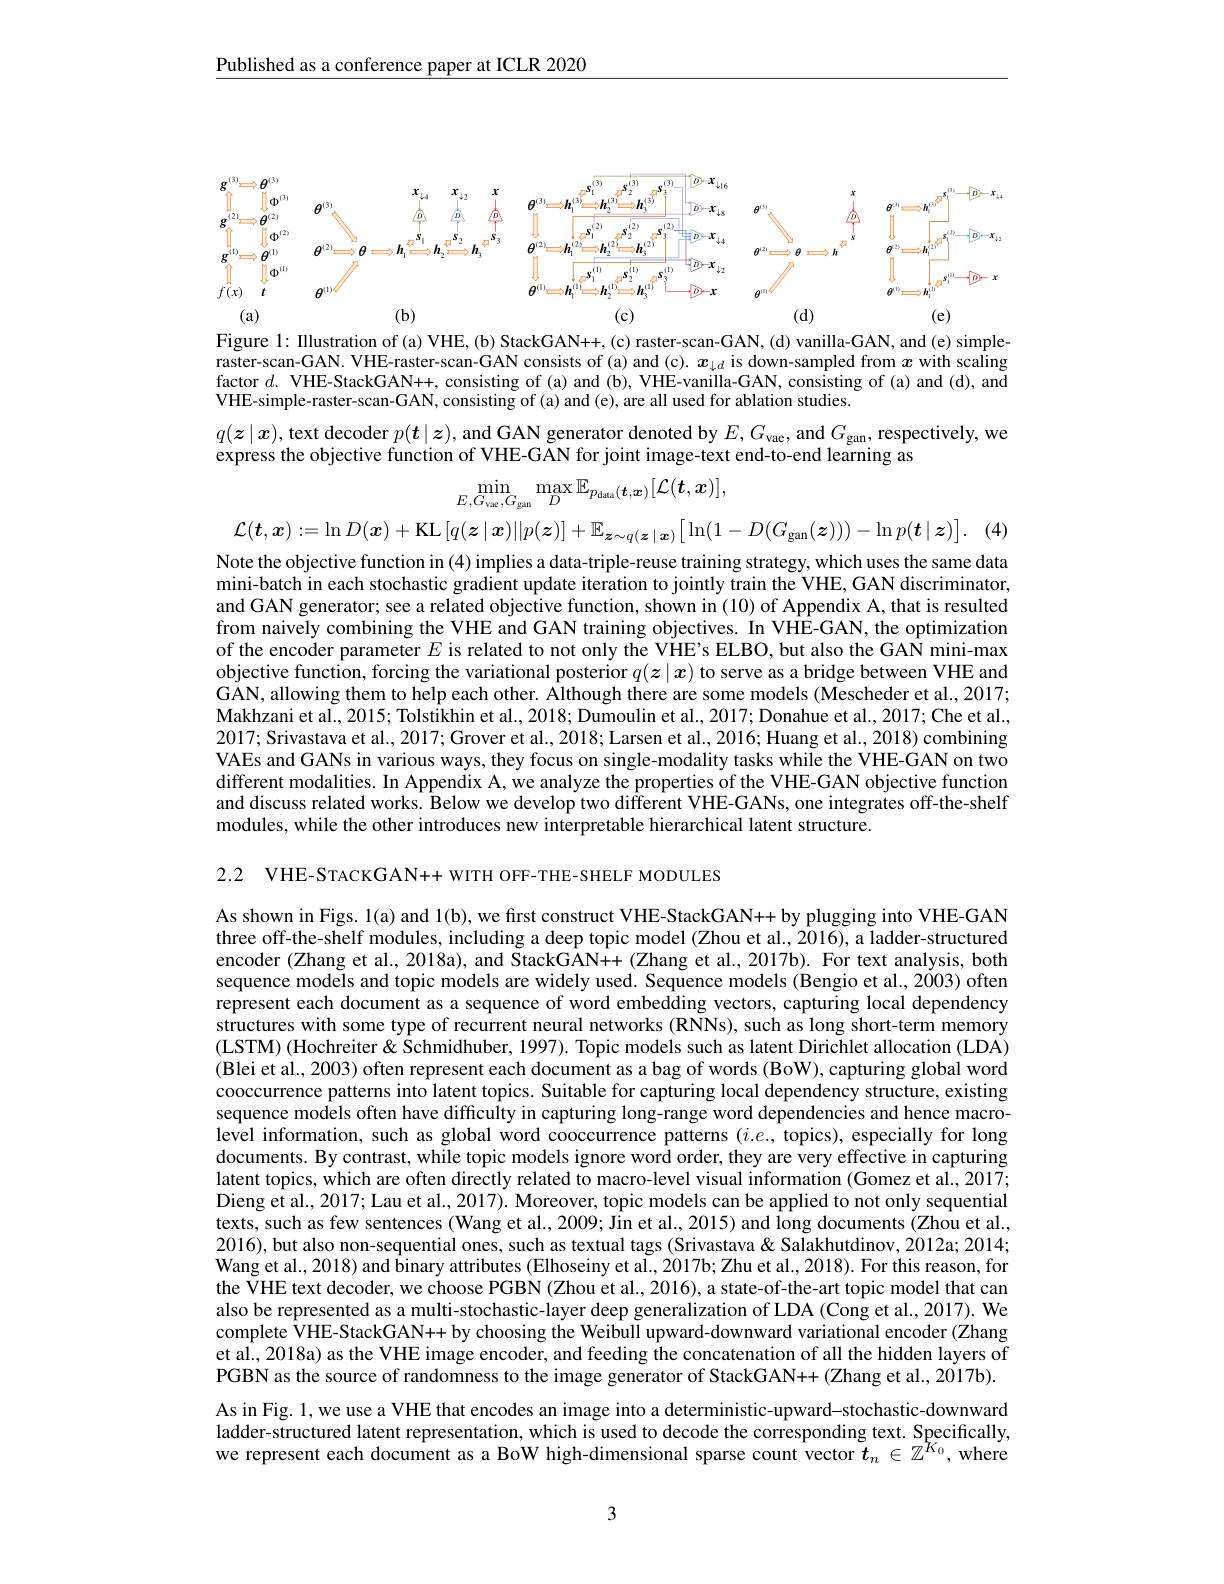
Published as a conference paper at ICLR 2020

<FigureHere>
Figure 1: IIlustration of (a) VHE, (b) StackGAN++, (c) raster-scan-GAN, (d) vanilla-GAN, and (e) simple-

raster-scan-GAN. VHE-raster-scan-GAN consists of (a) and (c). $x_{\downarrow d}$ is down-sampled from $x$ with scaling factor $d.$ VHE-StackGAN++, consisting of (a) and (b), VHE-vanilla-GAN, consisting of (a) and (d), and VHE-simple-raster-scan-GAN, consisting of (a) and (e), are all used for ablation studies.

$q(\boldsymbol{z}\mid\boldsymbol{x})$, text decoder $p(\boldsymbol{t}\mid\boldsymbol{z})$, and GAN generator denoted by $E,G_\mathrm{vae}$, and $G_\mathrm{gan}$, respectively, we
express the objective function of VHE-GAN for joint image-text end-to-end learning as
$$\operatorname*{min}_{E,G_{var},G_{gan}}\operatorname*{max}_{D}\mathbb{E}_{pdua}(\boldsymbol{t},\boldsymbol{x})[\mathcal{L}(\boldsymbol{t},\boldsymbol{x})],\\\mathcal{L}(\boldsymbol{t},\boldsymbol{x}):=\ln D(\boldsymbol{x})+\mathrm{KL}\left[q(\boldsymbol{z}\mid\boldsymbol{x})||p(\boldsymbol{z})\right]+\mathbb{E}_{\boldsymbol{z}\sim q(\boldsymbol{z}\mid\boldsymbol{x})}\big[\ln(1-D(G_{\mathrm{gan}}(\boldsymbol{z})))-\ln p(\boldsymbol{t}\mid\boldsymbol{z})\big].$$
(4)

Note the objective function in (4) implies a data-triple-reuse training strategy, which uses the same data mini-batch in each stochastic gradient update iteration to jointly train the VHE, GAN discriminator, and GAN generator; see a related objective function, shown in (10) of Appendix A, that is resulted from naively combining the VHE and GAN training objectives. In VHE-GAN, the optimization of the encoder parameter $E$ is related to not only the VHE's ELBO, but also the GAÑ mini-max objective function, forcing the variational posterior $q(z\mid x)$ to serve as a bridge between VHE and GAN, allowing them to help each other. Although there are some models (Mescheder et al., 2017; Makhzani et al. , 2015; Tolstikhin et al. , 2018; Dumoulin et al. , 2017; Donahue et al. , 2017; Che et al. , 2017; Srivastava et al., 2017; Grover et al., 2018; Larsen et al., 2016; Huang et al., 2018) combining VAEs and GANs in various ways, they focus on single-modality tasks while the VHE-GAN on two different modalities. In Appendix A, we analyze the properties of the VHE-GAN objective function and discuss related works. Below we develop two different VHE-GANs, one integrates off-the-shelf modules, while the other introduces new interpretable hierarchical latent structure.

2.2 VHE-STACKGAN++ WITH OFF-THE-SHELF MODULES

As shown in Figs. 1(a) and 1(b), we first construct VHE-StackGAN++ by plugging into VHE-GAN three off-the-shelf modules, including a deep topic model (Zhou et al., 2016), a ladder-structured encoder (Zhang et al., 2018a), and StackGAN+ (Zhang et al., 2017b). For text analysis, both sequence models and topic models are widely used. Sequence models (Bengio et al., 2003) often represent each document as a sequence of word embedding vectors, capturing local dependency structures with some type of recurrent neural networks (RNNs), such as long short-term memory (LSTM) (Hochreiter& Schmidhuber, 1997). Topic models such as latent Dirichlet allocation (LDA) (Blei et al., 2003) often represent each document as a bag of words (BoW), capturing global word cooccurrence patterns into latent topics. Suitable for capturing local dependency structure, existing sequence models often have difficulty in capturing long-range word dependencies and hence macro- $\hat{\text{level information, such as global word cooccurrence patterns }(i.e.,\text{topics), especially for long}}$ documents. By contrast, while topic models ignore word order, they are very effective in capturing latent topics, which are often directly related to macro-level visual information (Gomez et al., 2017; Dieng et al., 2017; Lau et al., 2017). Moreover, topic models can be applied to not only sequential texts, such as few sentences (Wang et al., 2009; Jin et al., 2015) and long documents (Zhou et al., 2016), but also non-sequential ones, such as textual tags (Srivastava& Salakhutdinov, 2012a; 2014; Wang et al., 2018) and $\hat{\text{binary attributes }}$(Elhoseiny et al., 2017b; Zhu et al., 2018). For this reason, for the VHE text decoder, we choose PGBN (Zhou et al., 2016), a state-of-the-art topic model that can also be represented as a multi-stochastic-layer deep generalization of LDA (Cong et al., 2017). We complete VHE-StackGAN++ by choosing the Weibull upward-downward variational encoder (Zhang et al., 2018a) as the VHE image encoder, and feeding the concatenation of all the hidden layers of PGBN as the source of randomness to the image generator of StackGAN++ (Zhang et al., 2017b). As in Fig. 1, we use a VHE that encodes an image into a deterministic-upward-stochastic-downward ladder-structured latent representation, which is used to decode the corresponding text. Specifically, we represent each document as a BoW high-dimensional sparse count vector $t_n\in\mathbb{Z}^{K_0}$, where

3